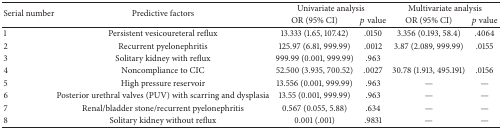
<table><thead><tr><td rowspan="2"><b>Serial number</b></td><td rowspan="2"><b>Predictive factors</b></td><td colspan="2"><b>Univariate analysis</b></td><td colspan="2"><b>Multivariate analysis</b></td></tr><tr><td><b>OR (95% CI)</b></td><td><b><i>p</i> value</b></td><td><b>OR (95% CI)</b></td><td><b><i>p</i> value</b></td></tr></thead><tbody><tr><td>1</td><td>Persistent vesicoureteral reflux</td><td>13.333 (1.65, 107.42)</td><td>.0150</td><td>3.356 (0.193, 58.4)</td><td>.4064</td></tr><tr><td>2</td><td>Recurrent pyelonephritis</td><td>125.97 (6.81, 999.99)</td><td>.0012</td><td>3.87 (2.089, 999.99)</td><td>.0155</td></tr><tr><td>3</td><td>Solitary kidney with reflux</td><td>999.99 (0.001, 999.99)</td><td>.963</td><td>[EMPTY_CELL]</td><td>[EMPTY_CELL]</td></tr><tr><td>4</td><td>Noncompliance to CIC</td><td>52.500 (3.935, 700.52)</td><td>.0027</td><td>30.78 (1.913, 495.191)</td><td>.0156</td></tr><tr><td>5</td><td>High pressure reservoir</td><td>13.556 (0.001, 999.99)</td><td>.963</td><td>—</td><td>—</td></tr><tr><td>6</td><td>Posterior urethral valves (PUV) with scarring and dysplasia</td><td>13.55 (0.001, 999.99)</td><td>.963</td><td>—</td><td>—</td></tr><tr><td>7</td><td>Renal/bladder stone/recurrent pyelonephritis</td><td>0.567 (0.055, 5.88)</td><td>.634</td><td>—</td><td>—</td></tr><tr><td>8</td><td>Solitary kidney without reflux</td><td>0.001 (.001)</td><td>.9831</td><td>—</td><td>—</td></tr></tbody></table>